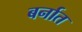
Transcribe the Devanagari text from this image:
बर्नात